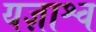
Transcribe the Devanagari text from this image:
यज्ञाश्व